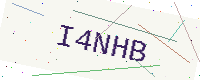
Text: I4NHB